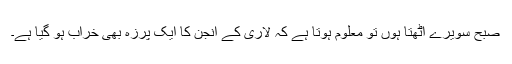
صبح سویرے اُٹھتا ہُوں تو معلوم ہوتا ہے کہ لاری کے انجن کا ایک پرزہ بھی خراب ہو گیا ہے۔